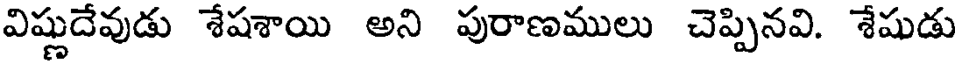
విష్ణుదేవుడు శేషశాయి అని పురాణములు చెప్పినవి. శేషుడు